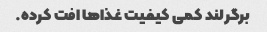
برگرلند کمی کیفیت غذاها افت کرده.